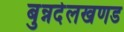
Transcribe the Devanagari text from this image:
बुन्नदेलखणड